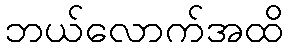
ဘယ်လောက်အထိ